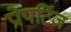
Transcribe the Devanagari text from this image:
प्रोपर्टिज